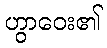
ဟွာဝေး၏